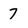
Character: 7